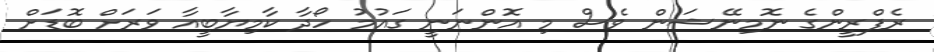
ރެފްރީންގެ ނޮމިނޭޝަން ވެސް މި އޮންނަނީ ގައުމު ހޯދާ ކާމިޔާބީއާ ވަރަށް ބޮޑަށް